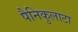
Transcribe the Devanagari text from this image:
पैनिकुलाटा